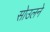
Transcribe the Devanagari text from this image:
सोउलने